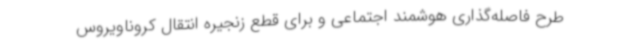
طرح فاصله‌گذاری هوشمند اجتماعی و برای قطع زنجیره انتقال کروناویروس